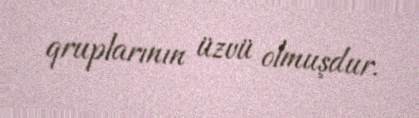
qruplarının üzvü olmuşdur.